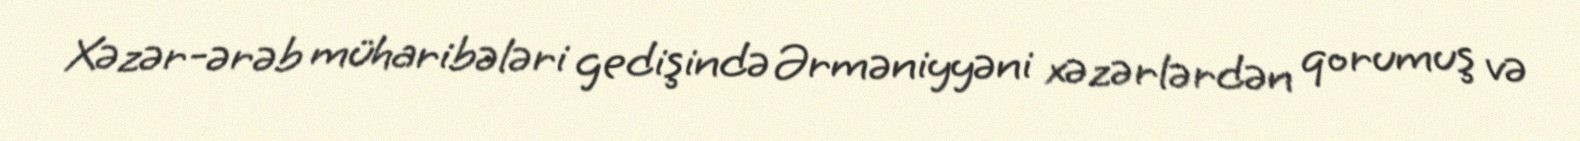
Xəzər-ərəb müharibələri gedişində Ərməniyyəni xəzərlərdən qorumuş və